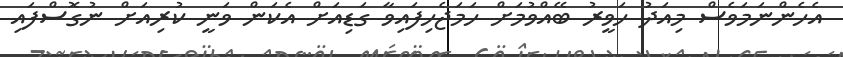
އެހެންނަމަވެސް މިއަދު ހަވީރު ބޭއްވުމަށް ހަމަޖެހިފައިވާ ގަޑިއަށް އެކަން ވަނީ ކުރިއަށް ނުގޮސްފައި